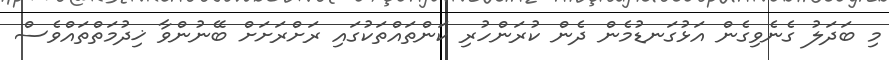
މި ބަދަލު ގެނެވިގެން އަޅުގަނޑުމެން ދެން ކުރަންހުރި ކަންތައްތަކުގައި ރަށްރަށަށް ބޭނުންވާ ޚިދުމަތްތައްވެސް